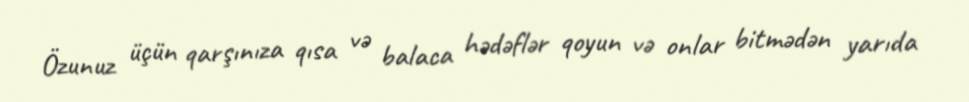
Özunuz üçün qarşınıza qısa və balaca hədəflər qoyun və onlar bitmədən yarıda